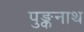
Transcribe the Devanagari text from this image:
पुङ्कनाथ